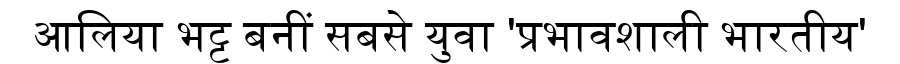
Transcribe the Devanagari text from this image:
आलिया भट्ट बनीं सबसे युवा 'प्रभावशाली भारतीय'